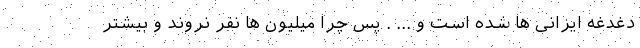
دغدغه ایرانی ها شده است و ... . پس چرا میلیون ها نفر نروند و بیشتر